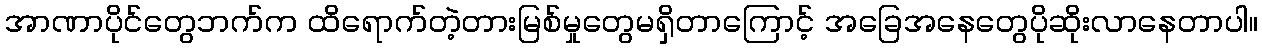
အာဏာပိုင်တွေဘက်က ထိရောက်တဲ့တားမြစ်မှုတွေမရှိတာကြောင့် အခြေအနေတွေပိုဆိုးလာနေတာပါ။